Punjab Mental Hospital Lahore 1932-46 - 1932-1946
Year: 1932
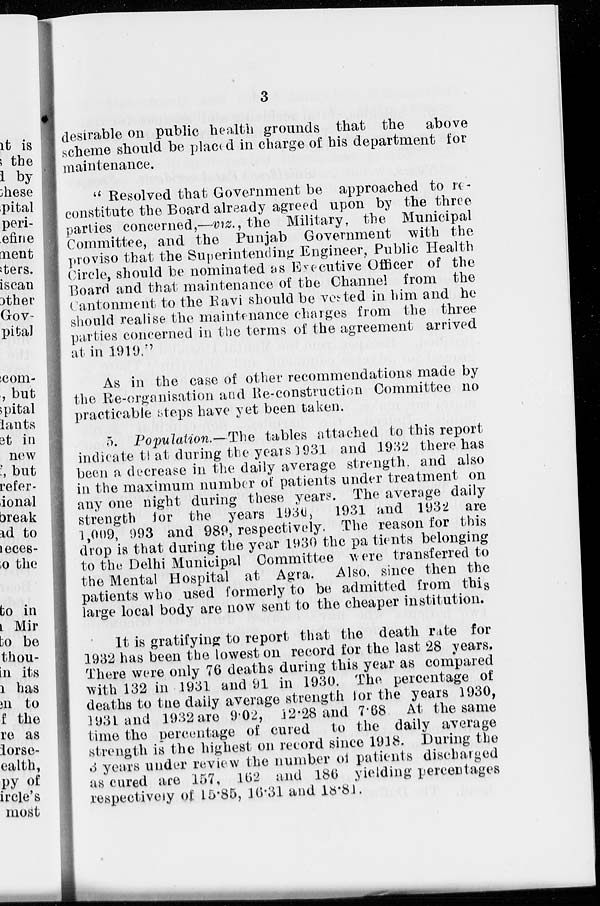
3
desirable on public health grounds that the above
scheme should be placed in charge of his department for
maintenance.
" Resolved that Government be approached to re-
constitute the Board already agreed upon by the three
parties concerned,—viz. , the Military, the Municipal
Committee, and the Punjab Government with the
proviso that the Superintending Engineer, Public Health
Circle, should be nominated as Executive Officer of the
Board and that maintenance of the Channel from the
Cantonment to the Ravi should be vested in him and he
should realise the maintenance charges from the three
parties concerned in the terms of the agreement arrived
at in 1919.''
As in the case of other recommendations made by
the Re-organisation and Re-construction Committee no
practicable steps have yet been taken.
5. Population.— The tables attached to this report
indicate that during the years 1931 and 1932 there has
been a decrease in the daily average strength, and also
in the maximum number of patients under treatment on
any one night during these years. The average daily
strength for the years 1930, 1931 and 1932 are
1,009, 993 and 989, respectively. The reason for this
drop is that during the year 1930 the patients belonging
to the Delhi Municipal Committee were transferred to
the Mental Hospital at Agra. Also, since then the
patients who used formerly to be admitted from this
large local body are now sent to the cheaper institution.
It is gratifying to report that the death rate for
1932 has been the lowest on record for the last 28 years.
There were only 76 deaths during this year as compared
with 132 in 1931 and 91 in 1930. The percentage of
deaths to the daily average strength for the years 1930,
1931 and 1932 are 9.02, 12.28 and 7.68. At the same
time the percentage of cured to the daily average
strength is the highest on record since 1918. During the
3 years under review the number of patients discharged
as cured are 157, 162 and 186 yielding percentages
respectively of 15.85, 16.31 and 18.81.